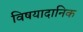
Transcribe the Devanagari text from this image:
विषयादानिक